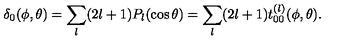
\delta _ { 0 } ( \phi , \theta ) = \sum _ { l } ( 2 l + 1 ) P _ { l } ( \cos \theta ) = \sum _ { l } ( 2 l + 1 ) t _ { 0 0 } ^ { ( l ) } ( \phi , \theta ) .